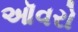
ઑવરો